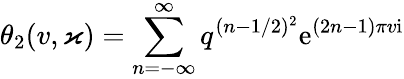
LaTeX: \theta_{2}(v,\varkappa)=\sum_{n=-\infty}^{\infty}q^{(n-1/2)^{2}}\mathrm{e}^{(2n-1)\pi v\mathrm{i}}